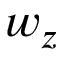
w _ { z }